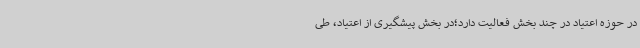
در حوزه اعتیاد در چند بخش فعالیت دارد؛در بخش پیشگیری از اعتیاد، طی